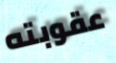
عقوبته